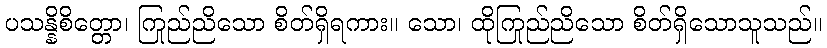
ပသန္နိစိတ္တော၊ ကြည်ညိုသော စိတ်ရှိရကား။ သော၊ ထိုကြည်ညိုသော စိတ်ရှိသောသူသည်။